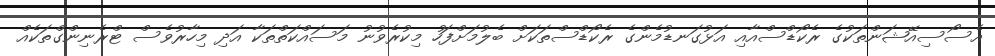
އެސޯސިއޭޝަންތަކުގެ ރެކޯޑްސްއާއި އަޅުގަނޑުމެންގެ ރެކޯޑްސްތަކަށް ބެލުމަށްފަހު މިކުރެވުނު މަސައްކަތްތަކާ އަދި މިހާރުވެސް ޓްރެނިންގްތަކެއް